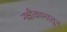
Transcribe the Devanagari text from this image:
नक्षीकामातून